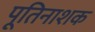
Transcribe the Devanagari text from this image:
पूतिनाशक